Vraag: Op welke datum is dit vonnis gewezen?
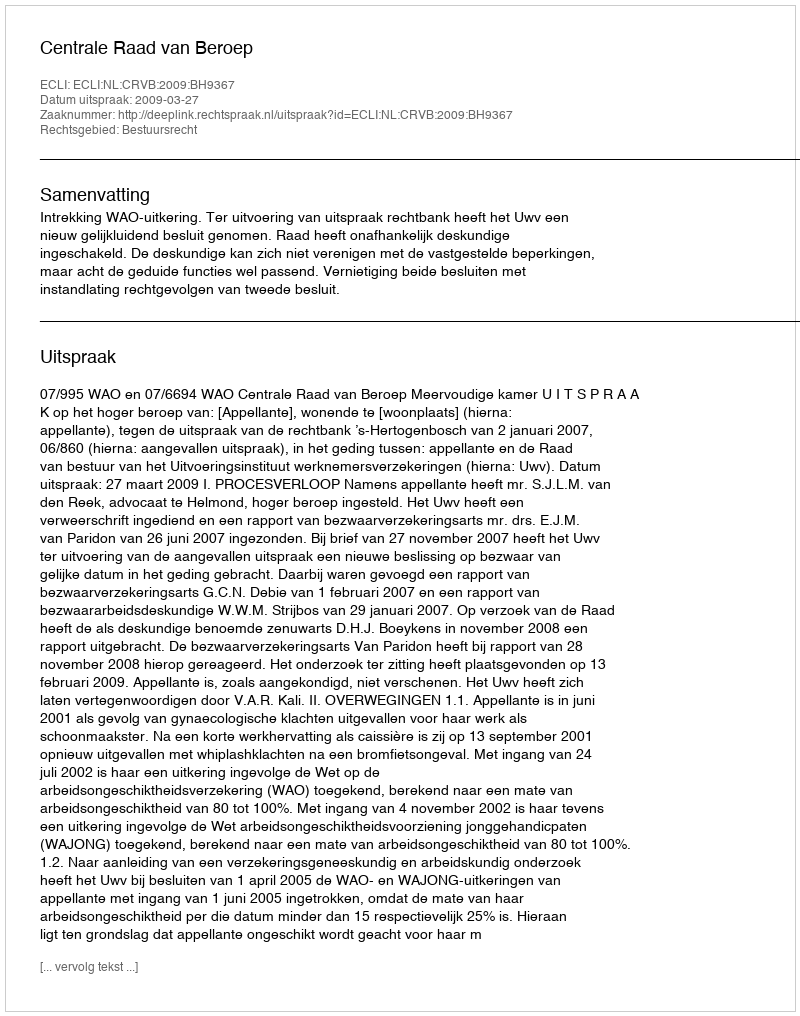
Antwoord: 2009-03-27